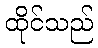
ထိုင်သည်